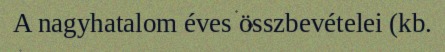
A nagyhatalom éves összbevételei (kb.